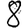
Digit: 8